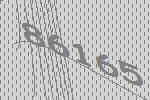
86165